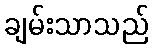
ချမ်းသာသည်